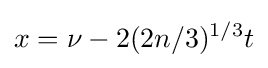
x=\nu -2(2n/3)^{1/3}t